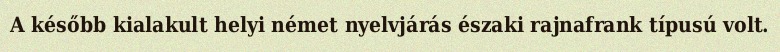
A később kialakult helyi német nyelvjárás északi rajnafrank típusú volt.